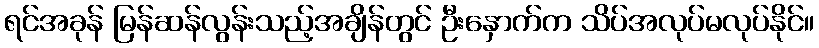
ရင်အခုန် မြန်ဆန်လွန်းသည့်အချိန်တွင် ဦးနှောက်က သိပ်အလုပ်မလုပ်နိုင်။